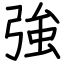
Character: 強